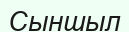
Сыншыл